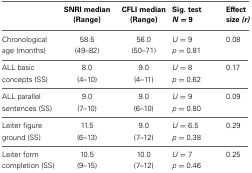
<table><thead><tr><td></td><td><b>SNRI median (Range)</b></td><td><b>CFLI median (Range)</b></td><td><b>Sig. test <i>N</i> = 9</b></td><td><b>Effect size <i>(r)</i></b></td></tr></thead><tbody><tr><td>Chronological age (months)</td><td>58.5 (49–82)</td><td>56.0 (50–71)</td><td><i>U</i> = 9 <i>p</i> = 0.81</td><td>0.08</td></tr><tr><td>ALL basic concepts (SS)</td><td>8.0 (4–10)</td><td>9.0 (4–11)</td><td><i>U</i> = 8 <i>p</i> = 0.62</td><td>0.17</td></tr><tr><td>ALL parallel sentences (SS)</td><td>9.0 (7–10)</td><td>9.0 (6–10)</td><td><i>U</i> = 9 <i>p</i> = 0.80</td><td>0.09</td></tr><tr><td>Leiter figure ground (SS)</td><td>11.5 (6–13)</td><td>9.0 (7–12)</td><td><i>U</i> = 6.5 <i>p</i> = 0.38</td><td>0.29</td></tr><tr><td>Leiter form completion (SS)</td><td>10.5 (9–15)</td><td>10.0 (7–12)</td><td><i>U</i> = 7 <i>p</i> = 0.46</td><td>0.25</td></tr></tbody></table>